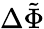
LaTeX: \Delta\tilde{\Phi}